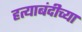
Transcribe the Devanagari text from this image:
हत्याबंदीच्या